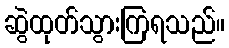
ဆွဲထုတ်သွားကြရသည်။